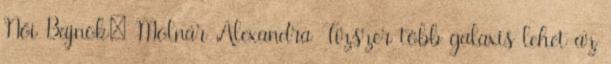
Női Bajnok: Molnár Alexandra Tízszer több galaxis lehet az